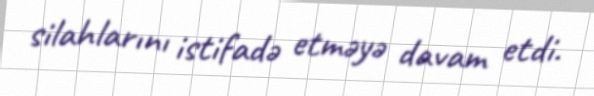
silahlarını istifadə etməyə davam etdi.